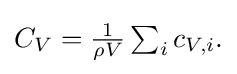
{\textstyle C_{V}={\frac {1}{\rho V}}\sum _{i}c_{V,i}.}